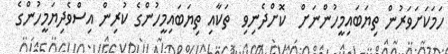
ހަމަކަށަވަރުން ތިޔަބައިމީހުންނަށް  ކޮށްދެނިވި  ތަކާއި ތިޔަބައިމީހުންގެ ކުރިން އިސްވެދިޔަމީހުންގެ